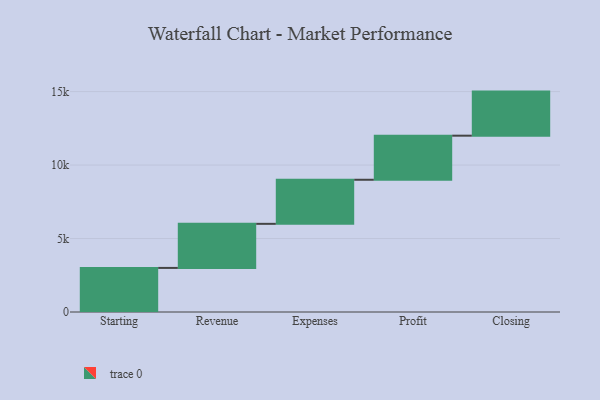
{"axis": {"x": "Step", "y": "Value"}, "legend": [""], "data": [{"x": "Starting", "y": 3000, "type": ""}, {"x": "Revenue", "y": 3000, "type": ""}, {"x": "Expenses", "y": 3000, "type": ""}, {"x": "Profit", "y": 3000, "type": ""}, {"x": "Closing", "y": 3000, "type": ""}]}